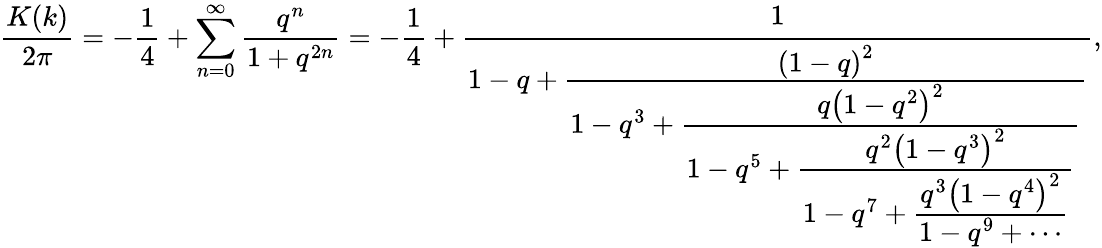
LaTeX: {\frac{K(k)}{2\pi}}=-{\frac{1}{4}}+\sum_{n=0}^{\infty}{\frac{q^{n}}{1+q^{2n}}}=-{\frac{1}{4}}+{\cfrac{1}{1-q+{\cfrac{\left(1-q\right)^{2}}{1-q^{3}+{\cfrac{q\left(1-q^{2}\right)^{2}}{1-q^{5}+{\cfrac{q^{2}\left(1-q^{3}\right)^{2}}{1-q^{7}+{\cfrac{q^{3}\left(1-q^{4}\right)^{2}}{1-q^{9}+\cdots}}}}}}}}}},